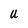
Character: U